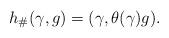
LaTeX: \begin{align*}h_\#(\gamma,g)=(\gamma, \theta(\gamma)g).\end{align*}